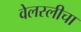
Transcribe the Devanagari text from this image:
वेलस्लीचा